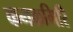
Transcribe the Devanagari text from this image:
कनकगिरि